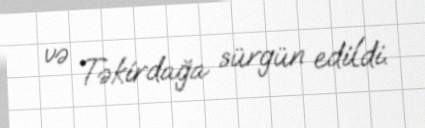
və Təkirdağa sürgün edildi.